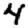
Digit: 4